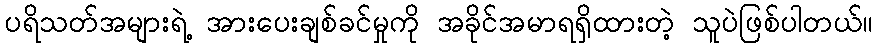
ပရိသတ်အများရဲ့ အားပေးချစ်ခင်မှုကို အခိုင်အမာရရှိထားတဲ့ သူပဲဖြစ်ပါတယ်။